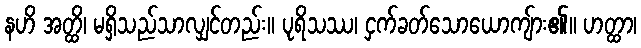
နဟိ အတ္ထိ၊ မရှိသည်သာလျှင်တည်း။ ပုရိသဿ၊ ငှက်ခတ်သောယောကျ်ား၏။ ဟတ္ထာ၊